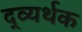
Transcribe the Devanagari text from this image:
द्व्यर्थक